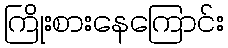
ကြိုးစားနေကြောင်း